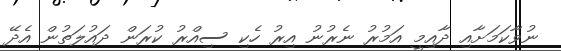
ނުވާކަމަށާއި ދާއިމީ އަމުރު ނެރުނު އިރު ހެކި ސިއްރު ކުރަން ދައުލަތުން އެދޭ